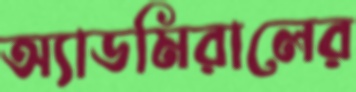
অ্যাডমিরালের